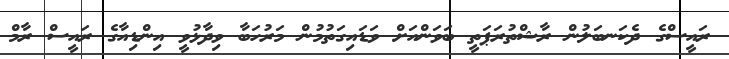
ރައީސްގެ ދެކަނބަލުން ރާޝްތުރަޕަތީ ބަވަންއަށް ވަޑައިގަތުމުން މަރުހަބާ ވިދާޅުވީ އިންޑިއާގެ ރައީސް ރާމް